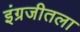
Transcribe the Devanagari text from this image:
इंग्रजीतला